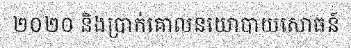
២០២០ និងប្រាក់គោលនយោបាយសោធន៍